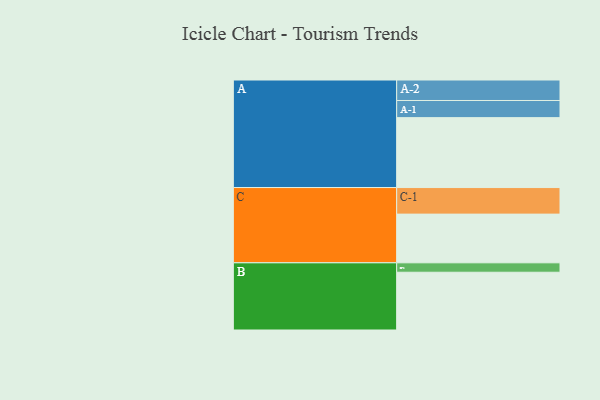
{"axis": {"x": "Segment", "y": "Value"}, "legend": ["", "A", "B", "C"], "data": [{"x": "A", "y": 587, "type": ""}, {"x": "B", "y": 485, "type": ""}, {"x": "C", "y": 409, "type": ""}, {"x": "A-1", "y": 144, "type": "A"}, {"x": "A-2", "y": 172, "type": "A"}, {"x": "B-1", "y": 79, "type": "B"}, {"x": "C-1", "y": 223, "type": "C"}]}